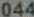
044